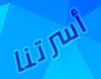
أسرتنا